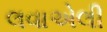
લવાએલી